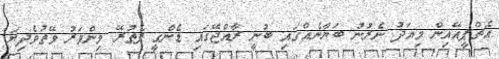
އެޗްޕީއޭއިން މިއަދު ނެރުނު ބަޔާނެއްގައި ބުނީ ރާއްޖޭގައި ޑެންގީ ފެތުރޭ މިންވަރު ވޭތުވެދިޔަ